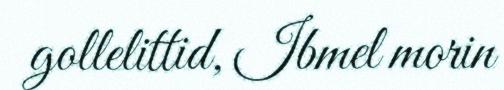
gollelittid, Ibmel morin